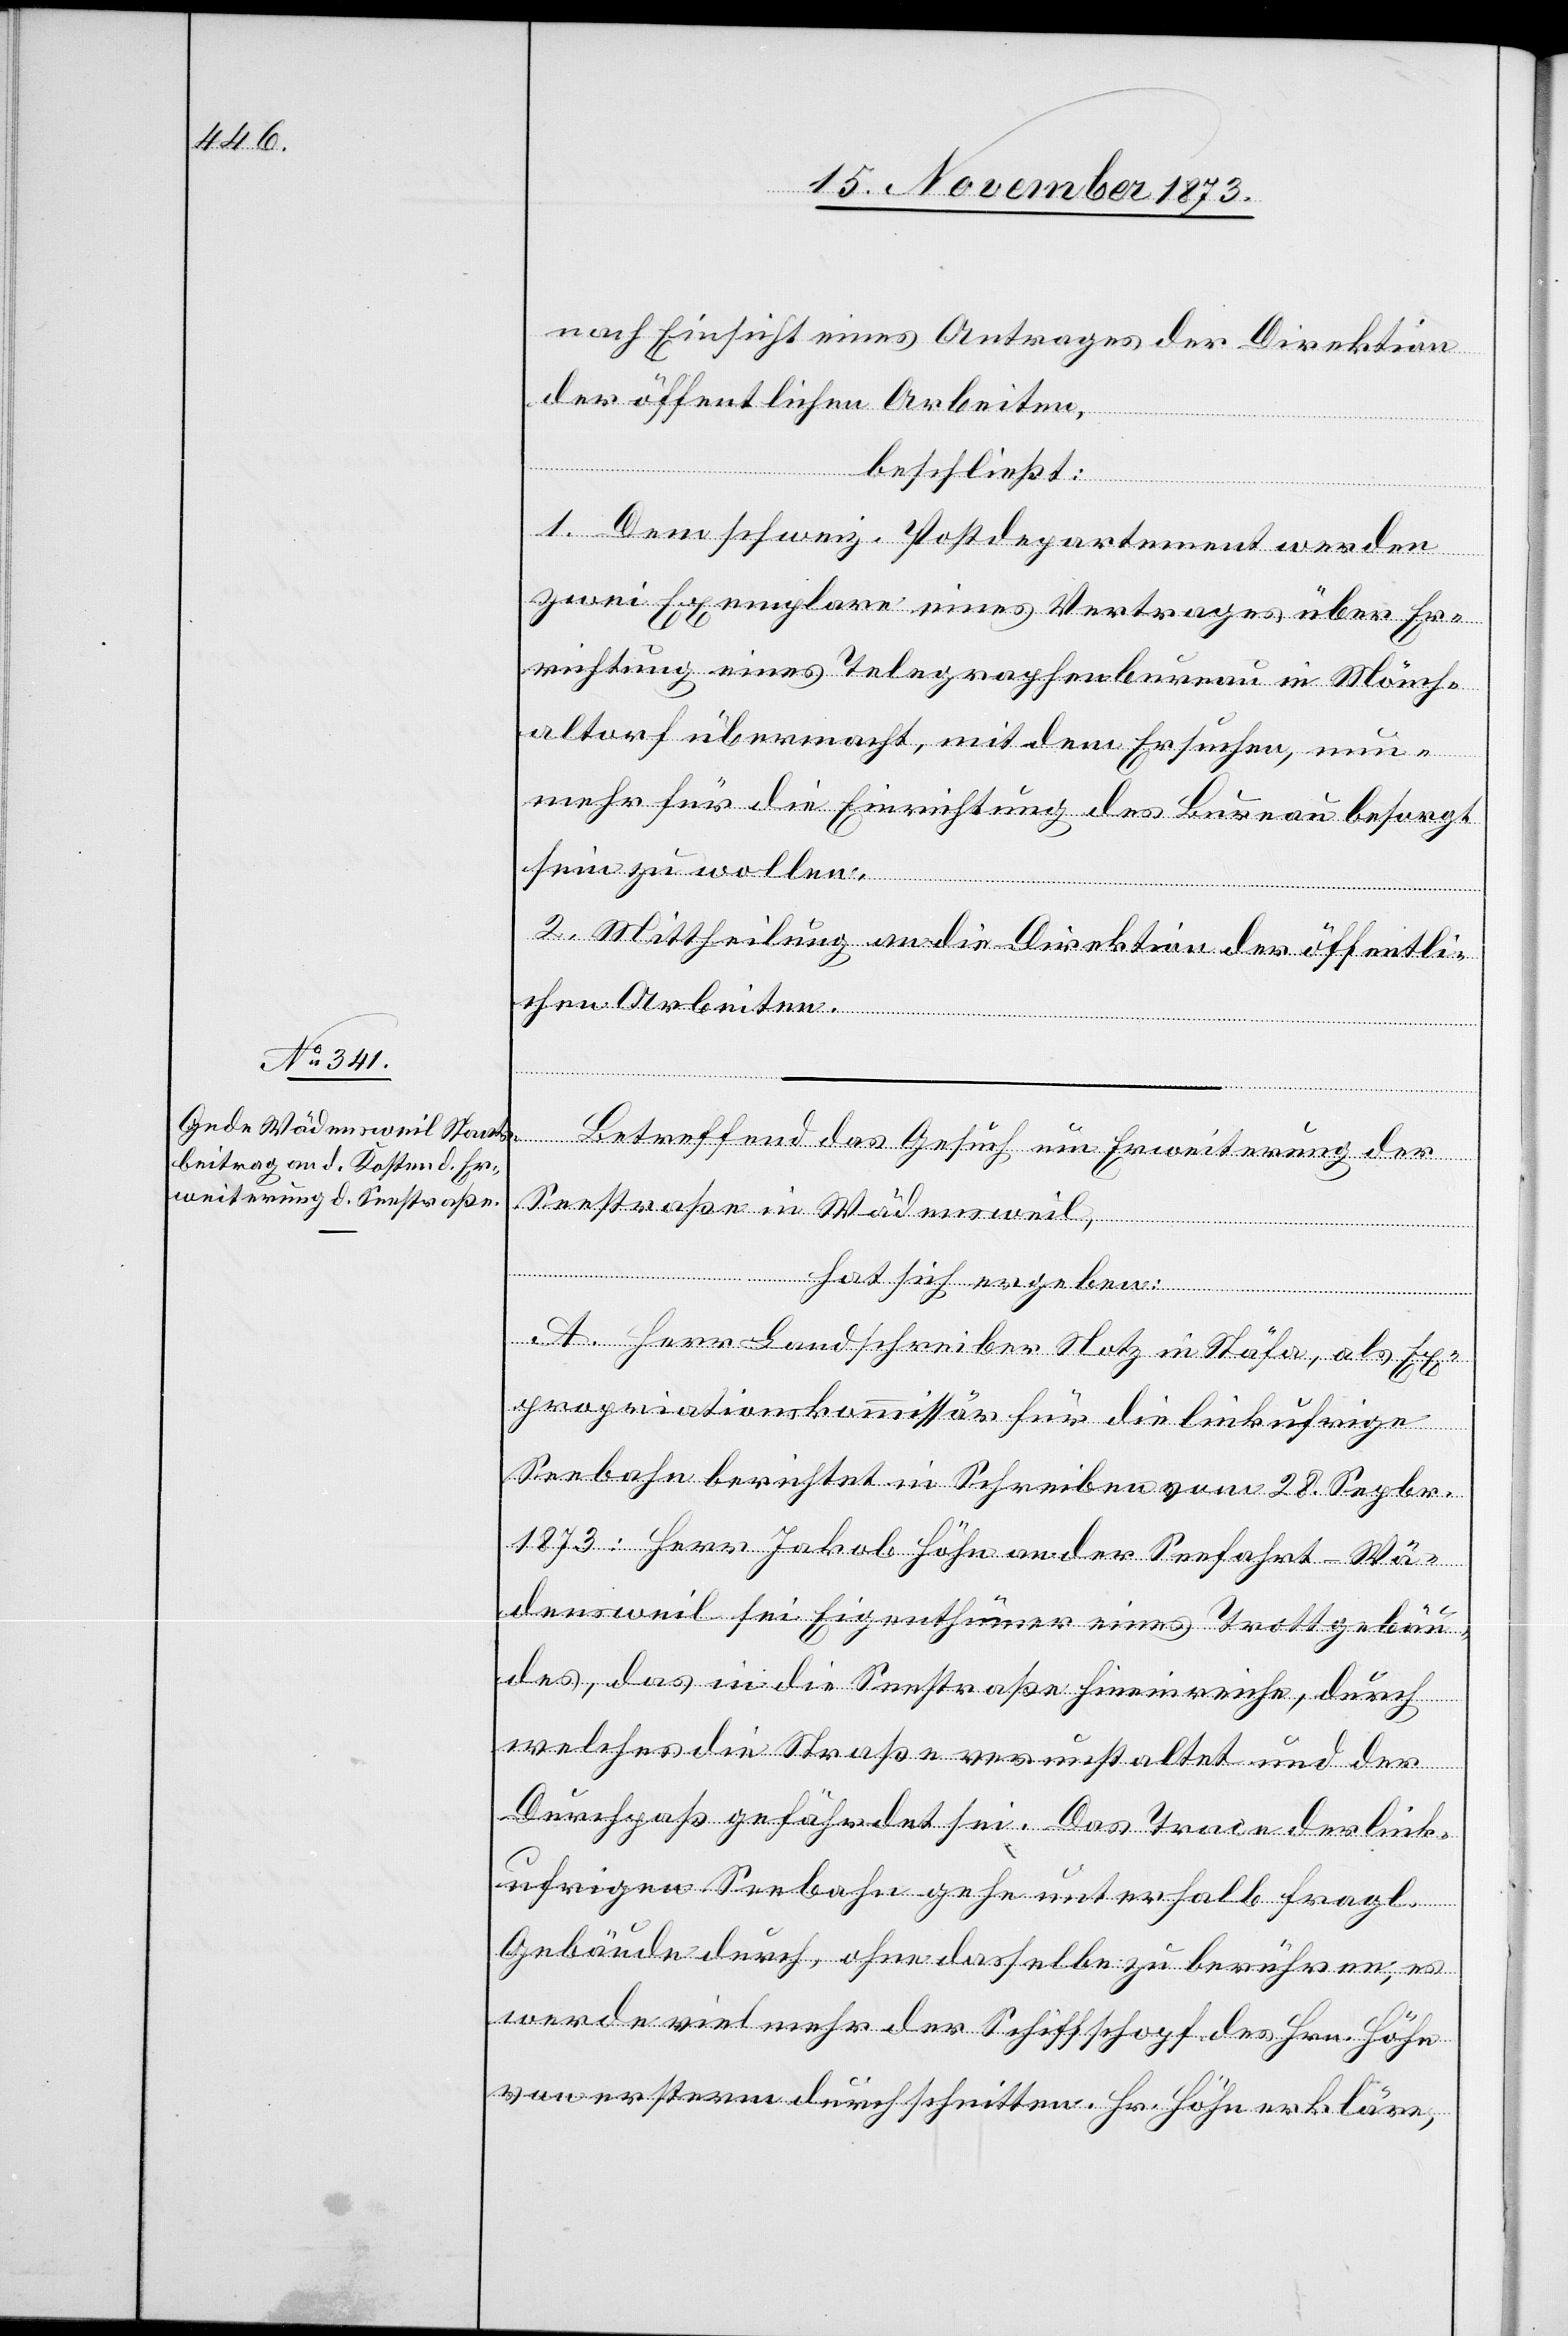
um

nach Einsicht eines Antrages der Direktion
der öffentlichen Arbeiten,
beschließt:
der
1. Dem schweiz. Postdepartement werden
zwei Exemplare eines Vertrages über Er¬
richtung eines Telegraphenbureau in Mönch¬
altorf übermacht, mit dem Ersuchen, nun¬
mehr für die Einrichtung des Bureau besorgt
sein zu wollen.
2. Mittheilung an die Direktion der öffentli¬
chen Arbeiten.
Seestraße in Wädensweil,
A. Herr Landschreiber Notz in Stäfa, als Ex¬
propriationskommissär für die linkufrige
sich
Seebahn berichtet in Schreiben vom 28. Sepbr.
1873: Herr Jakob Höhn an der Seefahrt - Wä¬
densweil sei Eigenthümer eines Trottgebäu¬
des, das in die Seestraße hineinreiche, durch
welches die Straße verunstaltet und der
Durchpaß gefährdet sei. Das Trace der link¬
ufrigen Seebahn gehe unterhalb fragl.
Gebäude durch, ohne dasselbe zu berühren, es
werde vielmehr der Schiffschopf des Hrn. Höhn
von ersterm durchschnitten. Hr. Höhn erkläre,